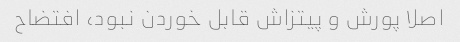
اصلا پورش و پیتزاش قابل خوردن نبود، افتضاح